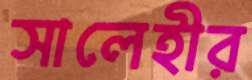
সালেহীর